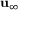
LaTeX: \mathbf { u } _ { \infty }